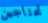
تحتاجين